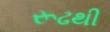
રૂઢથી